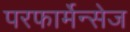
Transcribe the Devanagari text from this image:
परफार्मेन्सेज